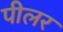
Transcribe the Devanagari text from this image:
पीलर